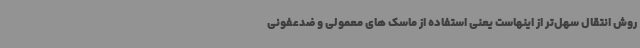
روش انتقال سهل‌تر از اینهاست یعنی استفاده از ماسک های معمولی و ضدعفونی